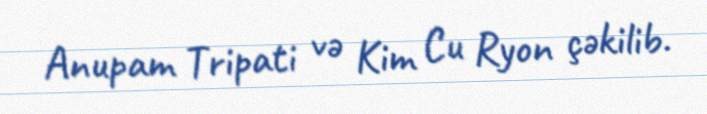
Anupam Tripati və Kim Cu Ryon çəkilib.